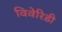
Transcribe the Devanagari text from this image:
विवेरिडी